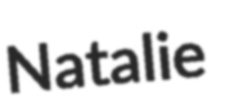
Natalie